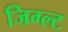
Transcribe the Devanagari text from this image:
जिग्ल्ट